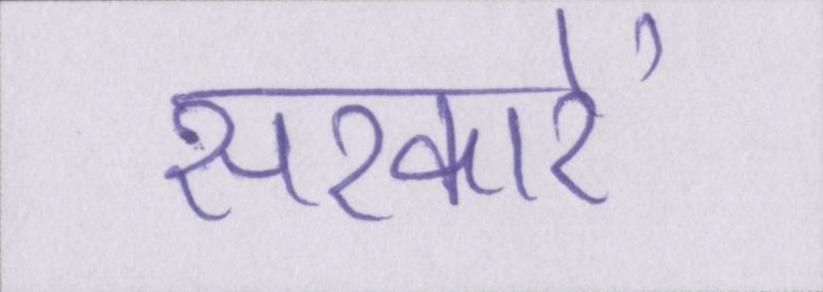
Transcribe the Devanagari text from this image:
सरकारें